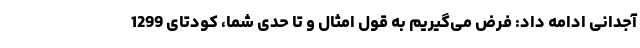
آجدانی ادامه داد: فرض می‌گیریم به قول امثال و تا حدی شما، کودتای 1299